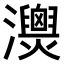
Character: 𤄚